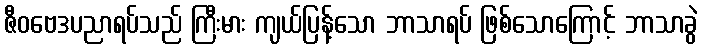
ဇီဝဗေဒပညာရပ်သည် ကြီးမား ကျယ်ပြန့်သော ဘာသာရပ် ဖြစ်သောကြောင့် ဘာသာခွဲ